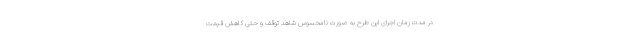
در مدت زمان اجرای این طرح به صورت نامحسوس شاهد توقف و حتی کاهش قیمت